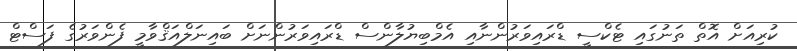
ކުރިއަށް އޮތް ތަނުގައި ޓެކްސީ ޑްރައިވަރުންނާއި އެމްބިޔުލާންސް ޑްރައިވަރުންނަށް ބައިނަލްއަޤްވާމީ ފެންވަރުގެ ފަސްޓް